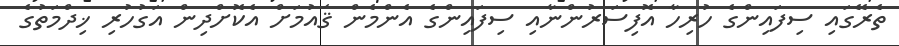
ތެރޭގައި ސިފައިންގެ ހުރިހާ އޮފިސަރުންނާއި ސިފައިންގެ އެންމެން ޤައުމަށް އެކޮށްދިން އަގުހުރި ޚިދްމަތުގެ